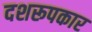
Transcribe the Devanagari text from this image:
दशरूपकार